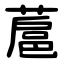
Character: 蔰